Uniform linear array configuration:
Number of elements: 24
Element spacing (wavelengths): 1
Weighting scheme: uniform
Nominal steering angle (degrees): -60
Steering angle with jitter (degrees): -59.353
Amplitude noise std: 0.05
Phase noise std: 0.05

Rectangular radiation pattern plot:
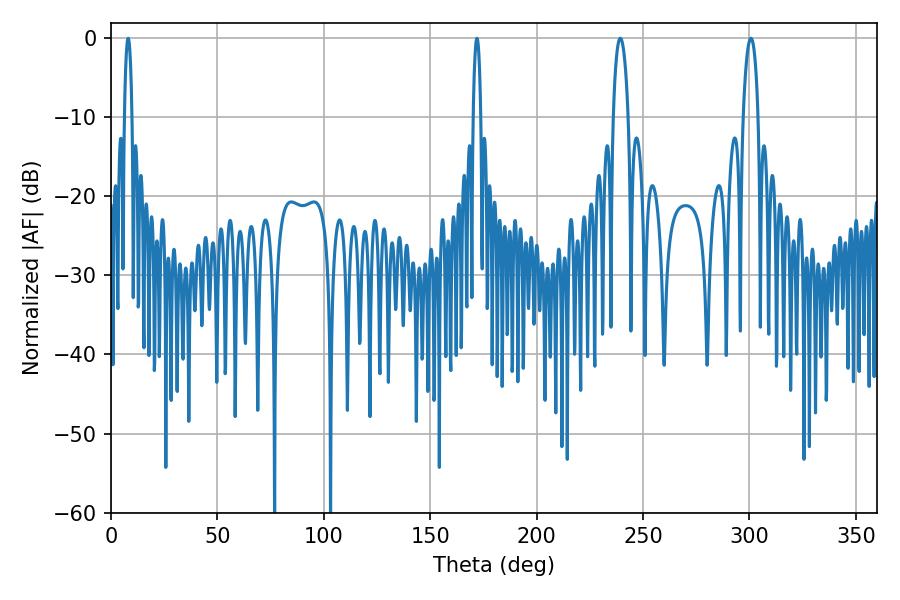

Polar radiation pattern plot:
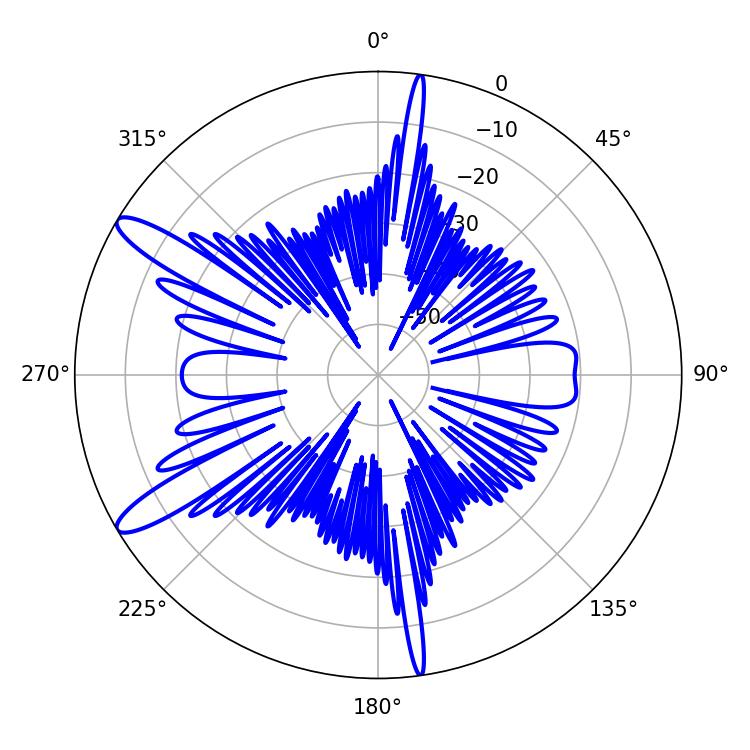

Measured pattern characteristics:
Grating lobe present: TRUE
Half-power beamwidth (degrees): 3.96
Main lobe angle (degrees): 300.6